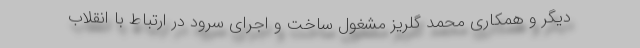
دیگر و همکاری محمد گلریز مشغول ساخت و اجرای سرود در ارتباط با انقلاب